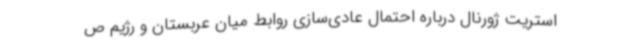
استریت ژورنال درباره احتمال عادی‌سازی روابط میان عربستان و رژیم ص